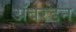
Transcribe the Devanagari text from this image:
ॲबरडन